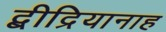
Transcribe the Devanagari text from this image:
द्बीद्रियानाह